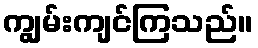
ကျွမ်းကျင်ကြသည်။